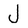
Character: J